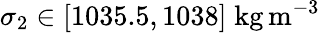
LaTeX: \sigma_{2}\in[1035.5,1038]\; \mathrm{kg}\, \mathrm{m}^{-3}